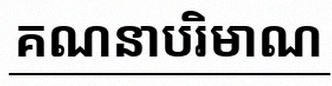
គណនាបរិមាណ